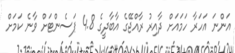
އަންނަ އަހަރާ ހަމައަށް ދާއިރު ރާއްޖޭގެ އާބާދީގެ 4.8 ޕަސެންޓަށް ވާނެ ކަމަށް